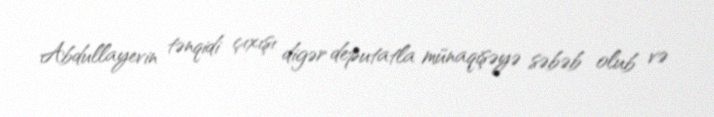
Abdullayevin tənqidi çıxışı digər deputatla münaqişəyə səbəb olub və